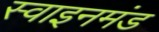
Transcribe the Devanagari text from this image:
स्वाइनमंड